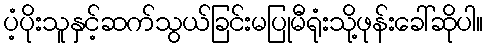
ပံ့ပိုးသူနှင့်ဆက်သွယ်ခြင်းမပြုမီရုံးသို့ဖုန်းခေါ်ဆိုပါ။